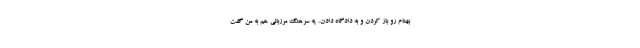
بهنام رو باز كردن و به دادگاه دادن. يه سرهنگ مرزباني هم به من گفت